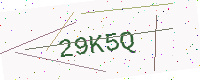
Text: 29K5Q